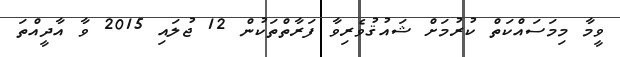
ވީމާ މިމަސައްކަތް ކުރުމަށް ޝައުޤުވެރިވާ ފަރާތްތަކުން 12 ޖުލައި 2015 ވާ އާދީއްތަ